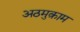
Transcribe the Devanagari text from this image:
अठमुक़ाम